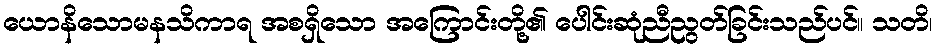
ယောနိသောမနသိကာရ အစရှိသော အကြောင်းတို့၏ ပေါင်းဆုံညီညွတ်ခြင်းသည်ပင်။ သတိ၊